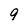
Character: 9